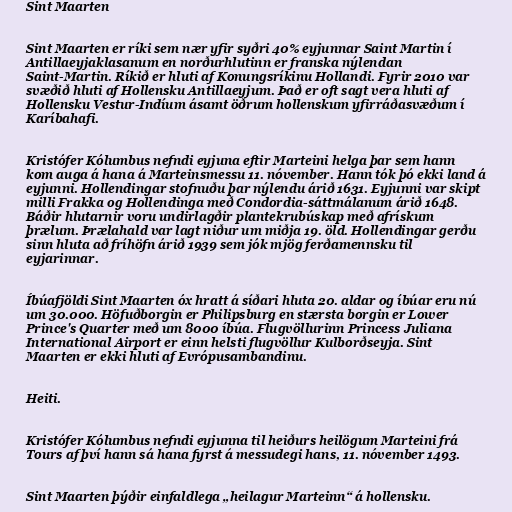
Sint Maarten

Sint Maarten er ríki sem nær yfir syðri 40% eyjunnar Saint Martin í
Antillaeyjaklasanum en norðurhlutinn er franska nýlendan
Saint-Martin. Ríkið er hluti af Konungsríkinu Hollandi. Fyrir 2010 var
svæðið hluti af Hollensku Antillaeyjum. Það er oft sagt vera hluti af
Hollensku Vestur-Indíum ásamt öðrum hollenskum yfirráðasvæðum í
Karíbahafi.

Kristófer Kólumbus nefndi eyjuna eftir Marteini helga þar sem hann
kom auga á hana á Marteinsmessu 11. nóvember. Hann tók þó ekki land á
eyjunni. Hollendingar stofnuðu þar nýlendu árið 1631. Eyjunni var skipt
milli Frakka og Hollendinga með Condordia-sáttmálanum árið 1648.
Báðir hlutarnir voru undirlagðir plantekrubúskap með afrískum
þrælum. Þrælahald var lagt niður um miðja 19. öld. Hollendingar gerðu
sinn hluta að fríhöfn árið 1939 sem jók mjög ferðamennsku til
eyjarinnar.

Íbúafjöldi Sint Maarten óx hratt á síðari hluta 20. aldar og íbúar eru nú
um 30.000. Höfuðborgin er Philipsburg en stærsta borgin er Lower
Prince's Quarter með um 8000 íbúa. Flugvöllurinn Princess Juliana
International Airport er einn helsti flugvöllur Kulborðseyja. Sint
Maarten er ekki hluti af Evrópusambandinu.

Heiti.

Kristófer Kólumbus nefndi eyjunna til heiðurs heilögum Marteini frá
Tours af því hann sá hana fyrst á messudegi hans, 11. nóvember 1493.

Sint Maarten þýðir einfaldlega „heilagur Marteinn“ á hollensku.